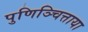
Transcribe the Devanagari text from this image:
पुणिञ्चित्ताया